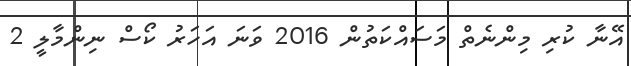
އޭނާ ކުރި މިންނެތް މަސައްކަތުން 2016 ވަނަ އަހަރު ކޯސް ނިންމާލީ 2